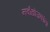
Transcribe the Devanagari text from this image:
नवौद्योजकांना